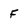
Character: F